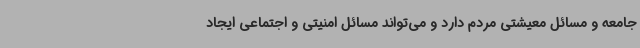
جامعه و مسائل معیشتی مردم دارد و می‌تواند مسائل امنیتی و اجتماعی ایجاد